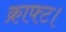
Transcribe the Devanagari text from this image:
क्राफ्ट।